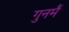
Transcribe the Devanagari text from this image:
गुनमैं